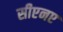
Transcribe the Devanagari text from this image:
सीएनए